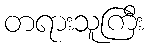
တရားသူကြီး